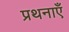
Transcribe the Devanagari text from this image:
प्रथनाएँ